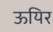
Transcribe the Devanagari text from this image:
ऊयिर